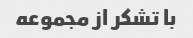
با تشکر از مجموعه